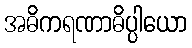
အဓိကရဏာဓိပ္ပါယော